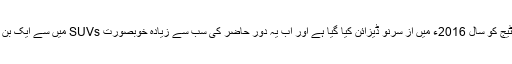
نئی اسپورٹیج کو سال 2016ء میں از سرنو ڈیزائن کیا گیا ہے اور اب یہ دور حاضر کی سب سے زیادہ خوبصورت SUVs میں سے ایک بن چکی ہے۔